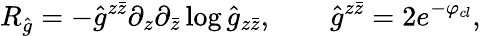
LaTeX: R_{\hat{g}}=-{\hat{g}}^{z\bar{z}}\partial_{z}\partial_{\bar{z}}\log{\hat{g}}_{z\bar{z}},\qquad\hat{g}^{z\bar{z}}=2e^{-\varphi_{cl}},